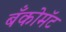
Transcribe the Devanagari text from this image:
बँकोमॅट